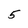
Character: 5